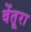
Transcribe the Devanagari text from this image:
वेंतूरा